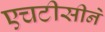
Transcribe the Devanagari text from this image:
एचटीसीने